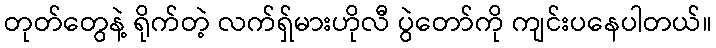
တုတ်တွေနဲ့ ရိုက်တဲ့ လက်ရှ်မားဟိုလီ ပွဲတော်ကို ကျင်းပနေပါတယ်။